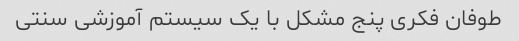
طوفان فکری پنج مشکل با یک سیستم آموزشی سنتی